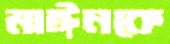
মাঈনকে